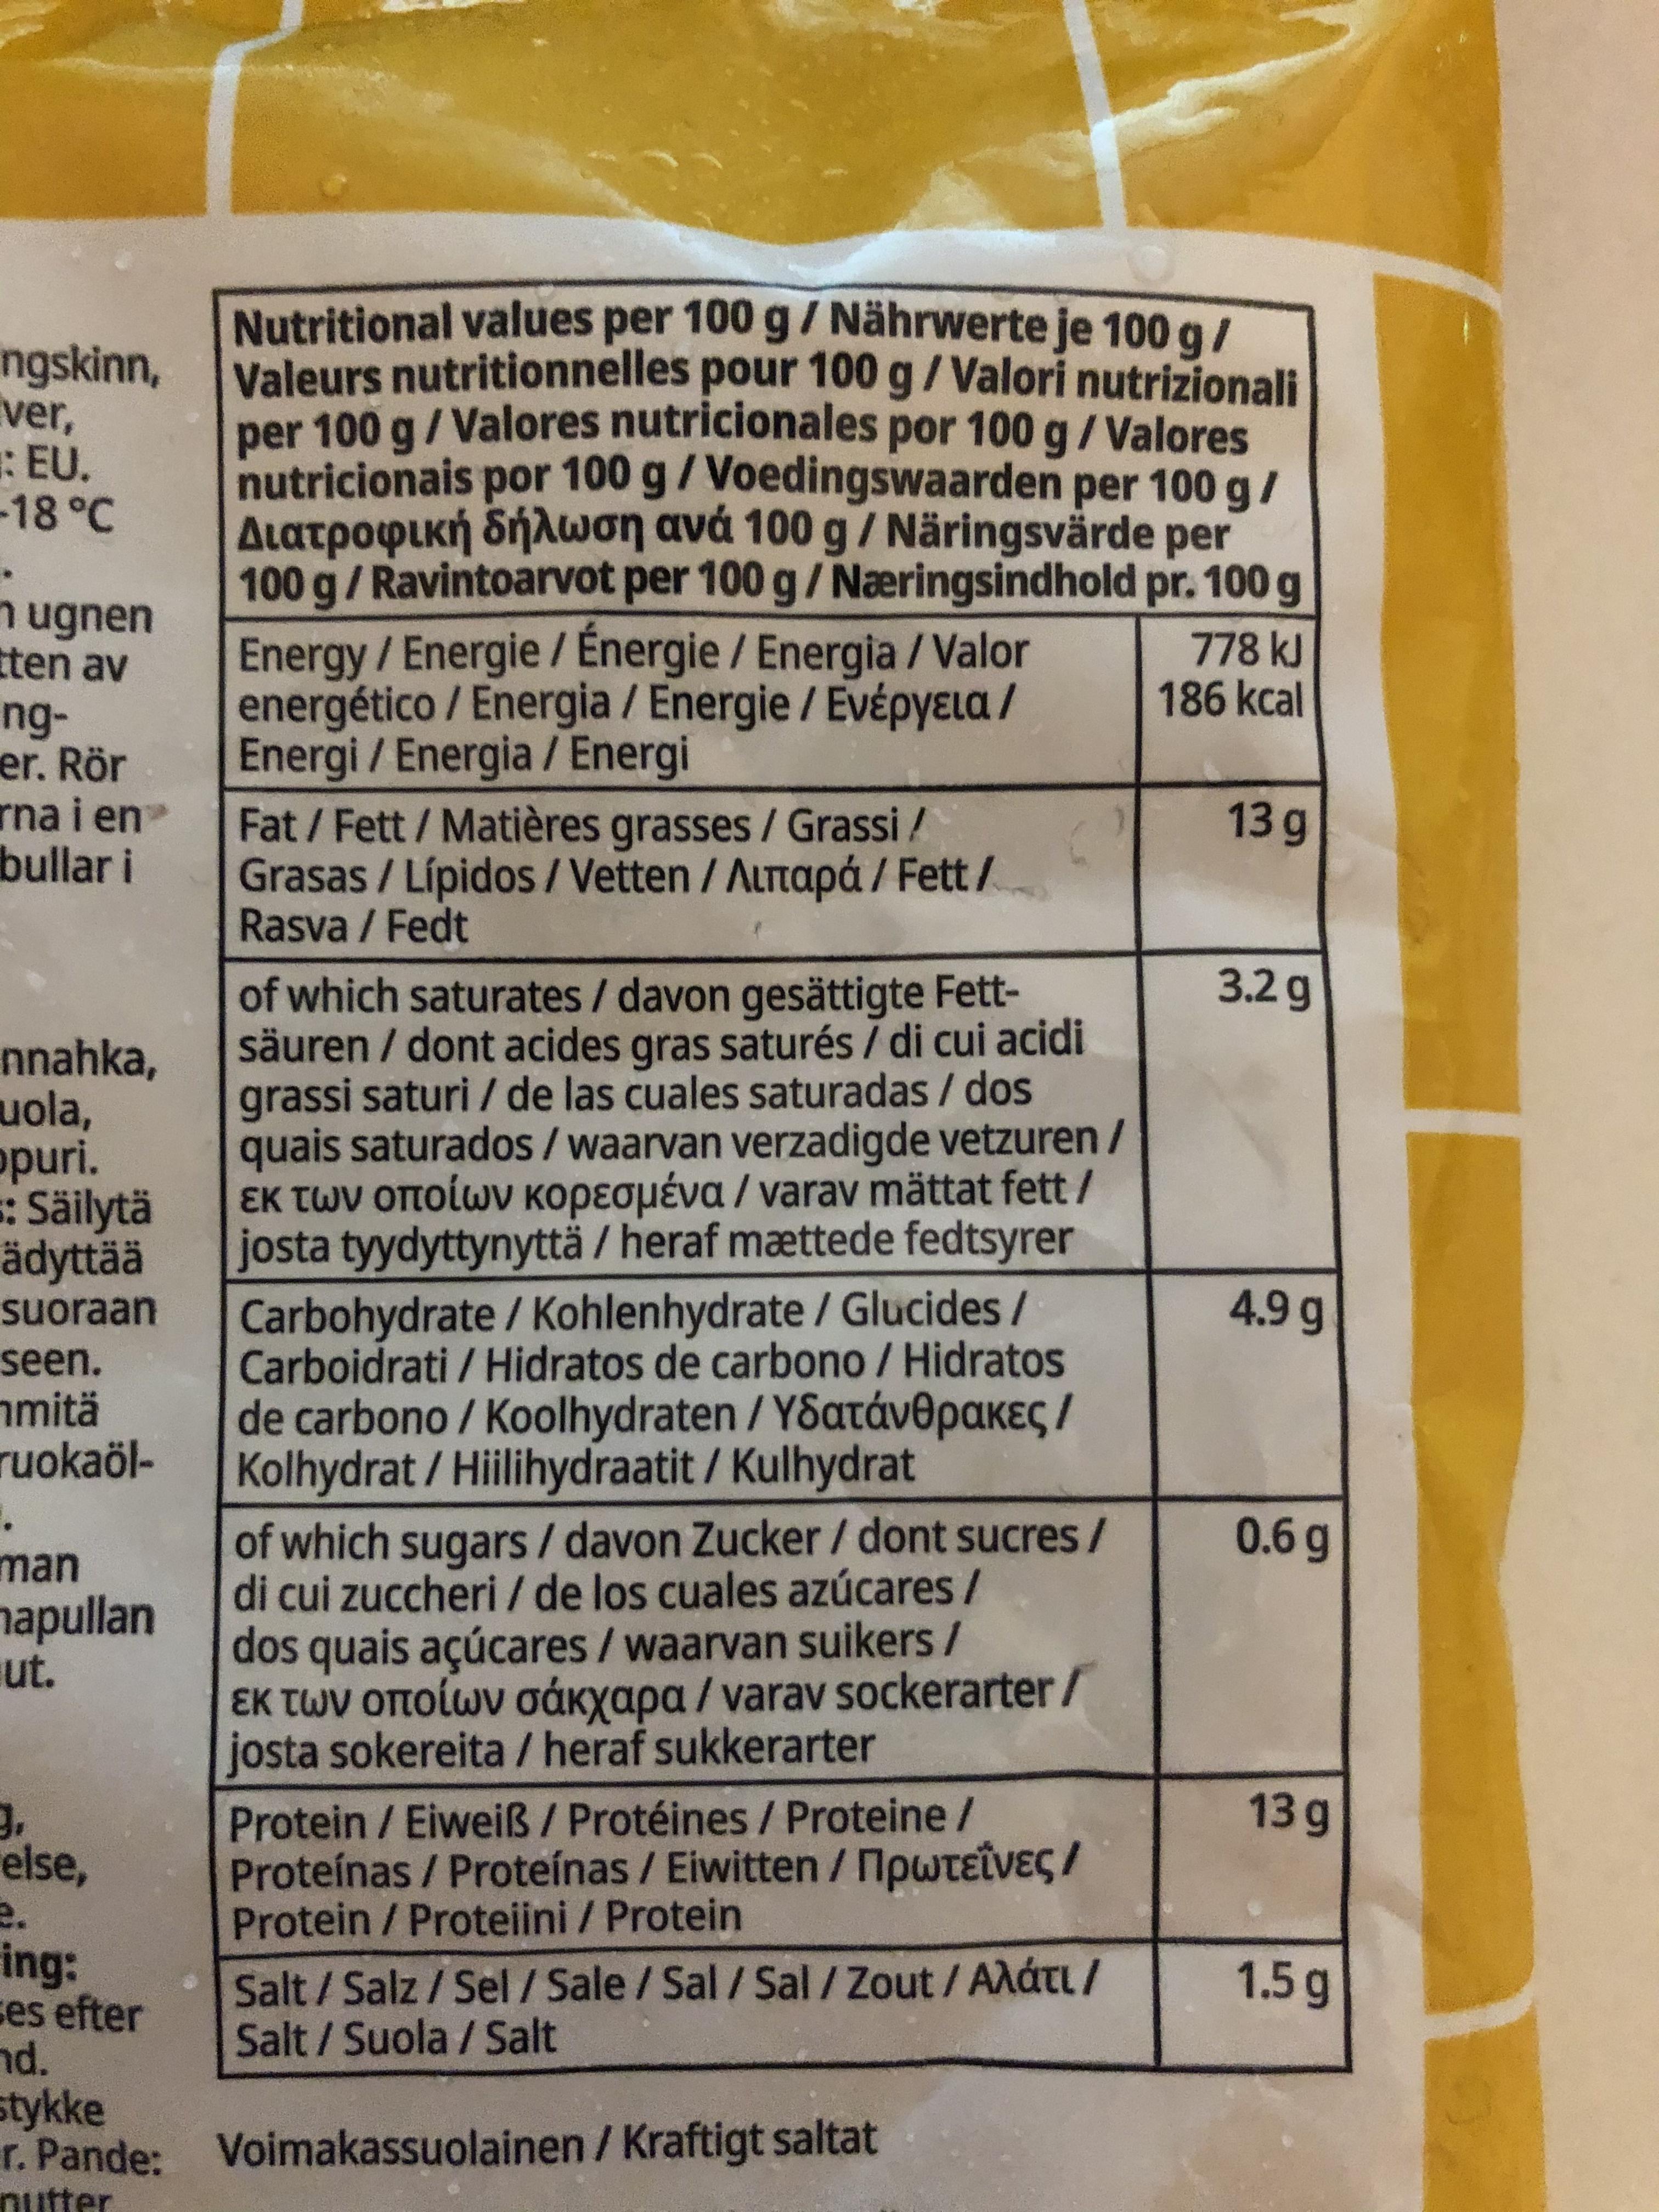
Nutritional values per 100 g/ Nährwerte je 100 g/ ngskinn, Valeurs nutritionnelles pour 100 g/Valori nutrizionali per 100 g/Valores nutricionales por 100 g/Valores nutricionais por 100 g/Voedingswaarden per 100 g/ Διατροφική δήλωση ανά 100g / Naringsvarde per 100 g/Ravintoarvot per 100 g/Næringsindhold pr. 100 g
ver, :EU. -18°C
n ugnen tten av
Energy/Energie / Energie / Energia / Valor energético/Energia / Energie / EvépyɛLa / Energi /Energia / Energi Fat/Fett/Matières grasses / Grassi / Grasas / Lípidos/ Vetten / ALTtapá/ Fett / Rasva / Fedt
778 kJ 186 kcal
ng- er. Rör rna i en bullar i
13g
3.2g
of which saturates / davon gesättigte Fett- säuren / dont acides gras saturés / di cui acidi grassi saturi / de las cuales saturadas / dos quais saturados / waarvan verzadigde vetzuren / εκ των οποίων κορεσμένα / varav mattat fett / josta tyydyttynyttä / heraf mættede fedtsyrer Carbohydrate/ Kohlenhydrate / Glucides / Carboidrati/ Hidratos de carbono / Hidratos de carbono / Koolhydraten / YSatáv@paKeg / Kolhydrat / Hiilihydraatit / Kulhydrat of which sugars / davon Zucker / dont sucres / di cui zuccheri / de los cuales azúcares / dos quais açúcares /waarvan suikers / εκ των οποίων σάκχαρα / varav sockerarter/ josta sokereita / heraf sukkerarter
nnahka, uola, opuri. : Säilytä ädyttää
suoraan
4.9 g
seen. nmitä ruokaöl-
0.6g
man napullan ut.
13g
else, e. ing: ses efter nd. stykke r. Pande: Voimakassuolainen / Kraftigt saltat nutter
Protein / Eiweiß / Protéines / Proteine / Proteínas / Proteínas / Eiwitten /NpwteiVeg/ Protein/Proteiini / Protein Salt / Salz / Sel /Sale / Sal /Sal / Zout / AAáTL / Salt/ Suola / Salt
1.5g